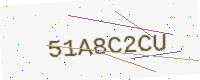
Text: 51A8C2CU